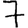
Digit: 7